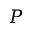
P